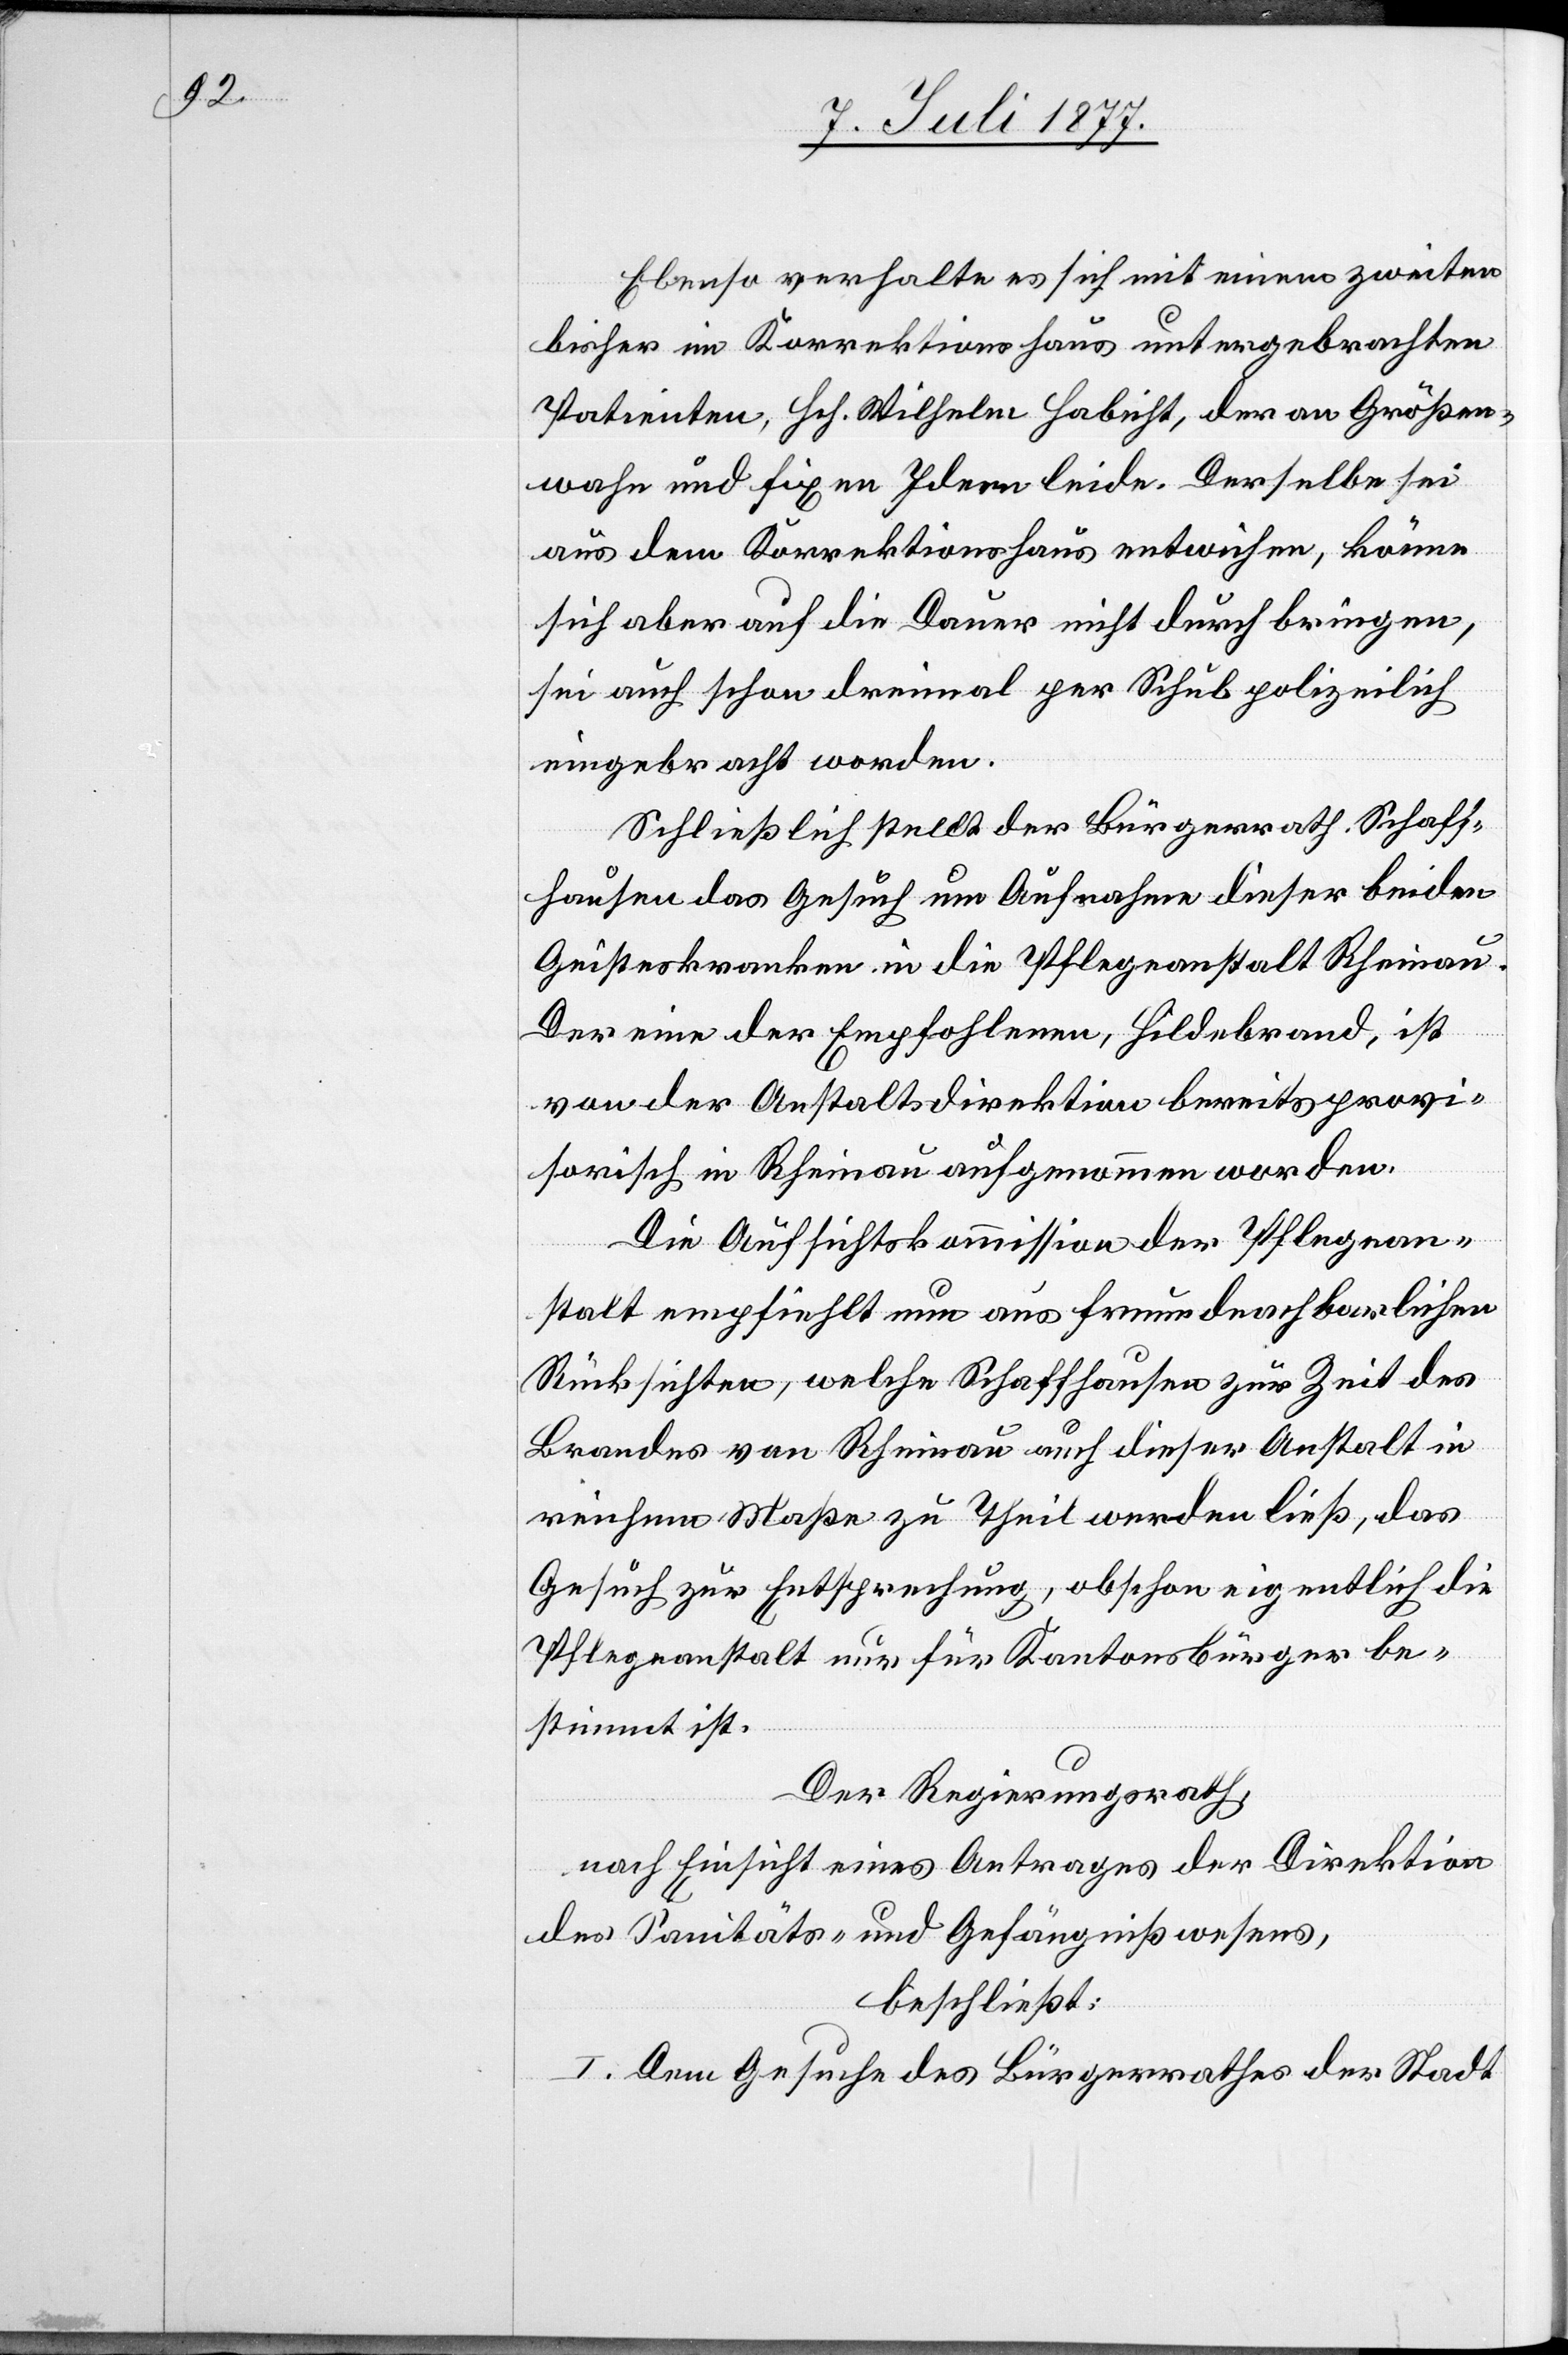
Ebenso verhalte es sich mit einem zweiten
bisher im Korrektionshaus untergebrachten
Patienten, Hch. Wilhelm Habicht, der an Größen¬
wahn und fixen Ideen leide. Derselbe sei
aus dem Korrektionshaus entwichen, könne
sich aber auf die Dauer nicht durch bringen,
sei auch schon dreimal per Schub polizeilich
eingebracht worden.
Schließlich stellt der Bürgerrath Schaff¬
hausen das Gesuch um Aufnahme dieser beiden
Geisteskranken in die Pflegeanstalt Rheinau.
Der eine der Empfohlenen, Hildebrand, ist
von der Anstaltsdirektion bereits provi¬
sorisch in Rheinau aufgenommen worden.
Die Aufsichtskommission der Pflegean¬
stalt empfiehlt nun aus freundnachbarlichen
Rücksichten, welche Schaffhausen zur Zeit des
Brandes von Rheinau auch dieser Anstalt in
reichem Maße Theil werden ließ, das
Gesuch zur Entsprechung, obschon eigentlich die
Pflegeanstalt nur für Kantonsbürger be¬
stimmt ist.
Der Regierungsrath,
nach Einsicht eines Antrages der Direktion
des Sanitäts- und Gefängnißwesens,
beschließt:
I. Dem Gesuche des Bürgerrathes der Stadt